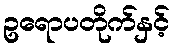
ဥရောပတိုက်နှင့်